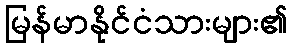
မြန်မာနိုင်ငံသားများ၏